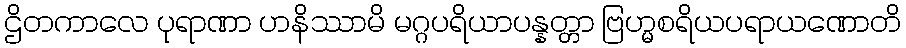
ဌိတကာလေ ပုရာဏာ ဟနိဿာမိ မဂ္ဂပရိယာပန္နတ္တာ ဗြဟ္မစရိယပရာယဏောတိ